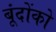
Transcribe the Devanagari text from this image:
बूंदोंको